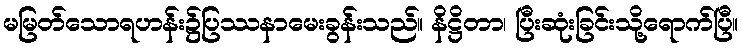
မမြတ်သောရဟန်း၌ပြဿနာမေးခွန်းသည်။ နိဋ္ဌိတာ၊ ပြီးဆုံးခြင်းသို့ရောက်ပြီ။